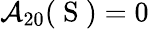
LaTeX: \mathcal{A}_{20}(\mathrm{~S~})=0